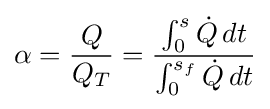
\alpha ={\frac {Q}{Q_{T}}}={\frac {\int _{0}^{s}{\dot {Q}}\,dt}{\int _{0}^{s_{f}}{\dot {Q}}\,dt}}